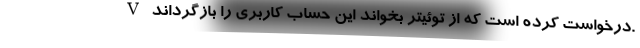
V درخواست کرده است که از توئیتر بخواند این حساب کاربری را بازگرداند.